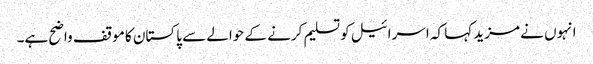
انہوں نے مزید کہا کہ اسرائیل کو تسلیم کرنے کے حوالے سے پاکستان کا موقف واضح ہے۔